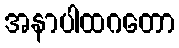
အနာပါထဂတော